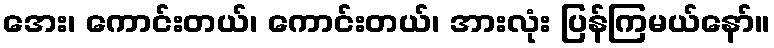
အေး၊ ကောင်းတယ်၊ ကောင်းတယ်၊ အားလုံး ပြန်ကြမယ်နော်။